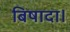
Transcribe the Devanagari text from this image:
बिषादा।